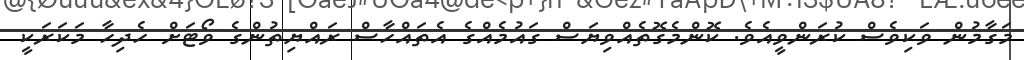
މަގާމުން ވަކިވެސް ކުރަންވީއެވެ. ކޮންމެގޮތެއްވިޔަސް ގައުމެއްގެ އެތައްހާސް ރައްޔިތުންގެ ވޯޓަށް ހެދިހާ މަކަރަކީ